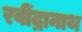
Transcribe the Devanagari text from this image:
रवींद्रानाथ